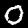
Label: 0